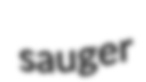
sauger